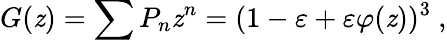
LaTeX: G(\mathit{z})=\sum{P_{n}\mathit{z}^{n}}=(1-\varepsilon+\varepsilon\varphi(\mathit{z}))^{3}~,